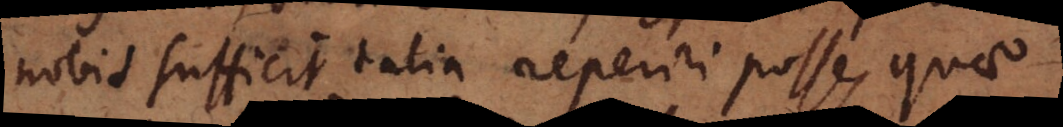
nobis sufficit talia reperiri posse, quae